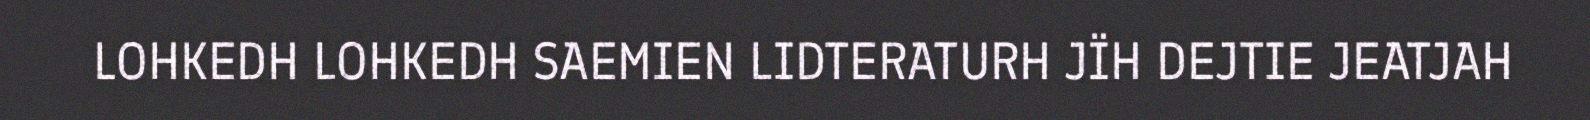
LOHKEDH LOHKEDH SAEMIEN LIDTERATURH JÏH DEJTIE JEATJAH